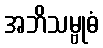
အဘိသမ္ဗုဓံ